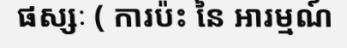
ផស្សៈ ( ការប៉ះ នៃ អារម្មណ៍